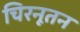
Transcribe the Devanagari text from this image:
चिरनूतन